Bréfritari: Ásgeir Tryggvi Friðgeirsson
Viðtakandi: Einar Friðgeirsson
Dagsetning: A-xxxx-06-04
Skrifað á: Nesi  S-Þing.
Ásgeir er bróðir Einars

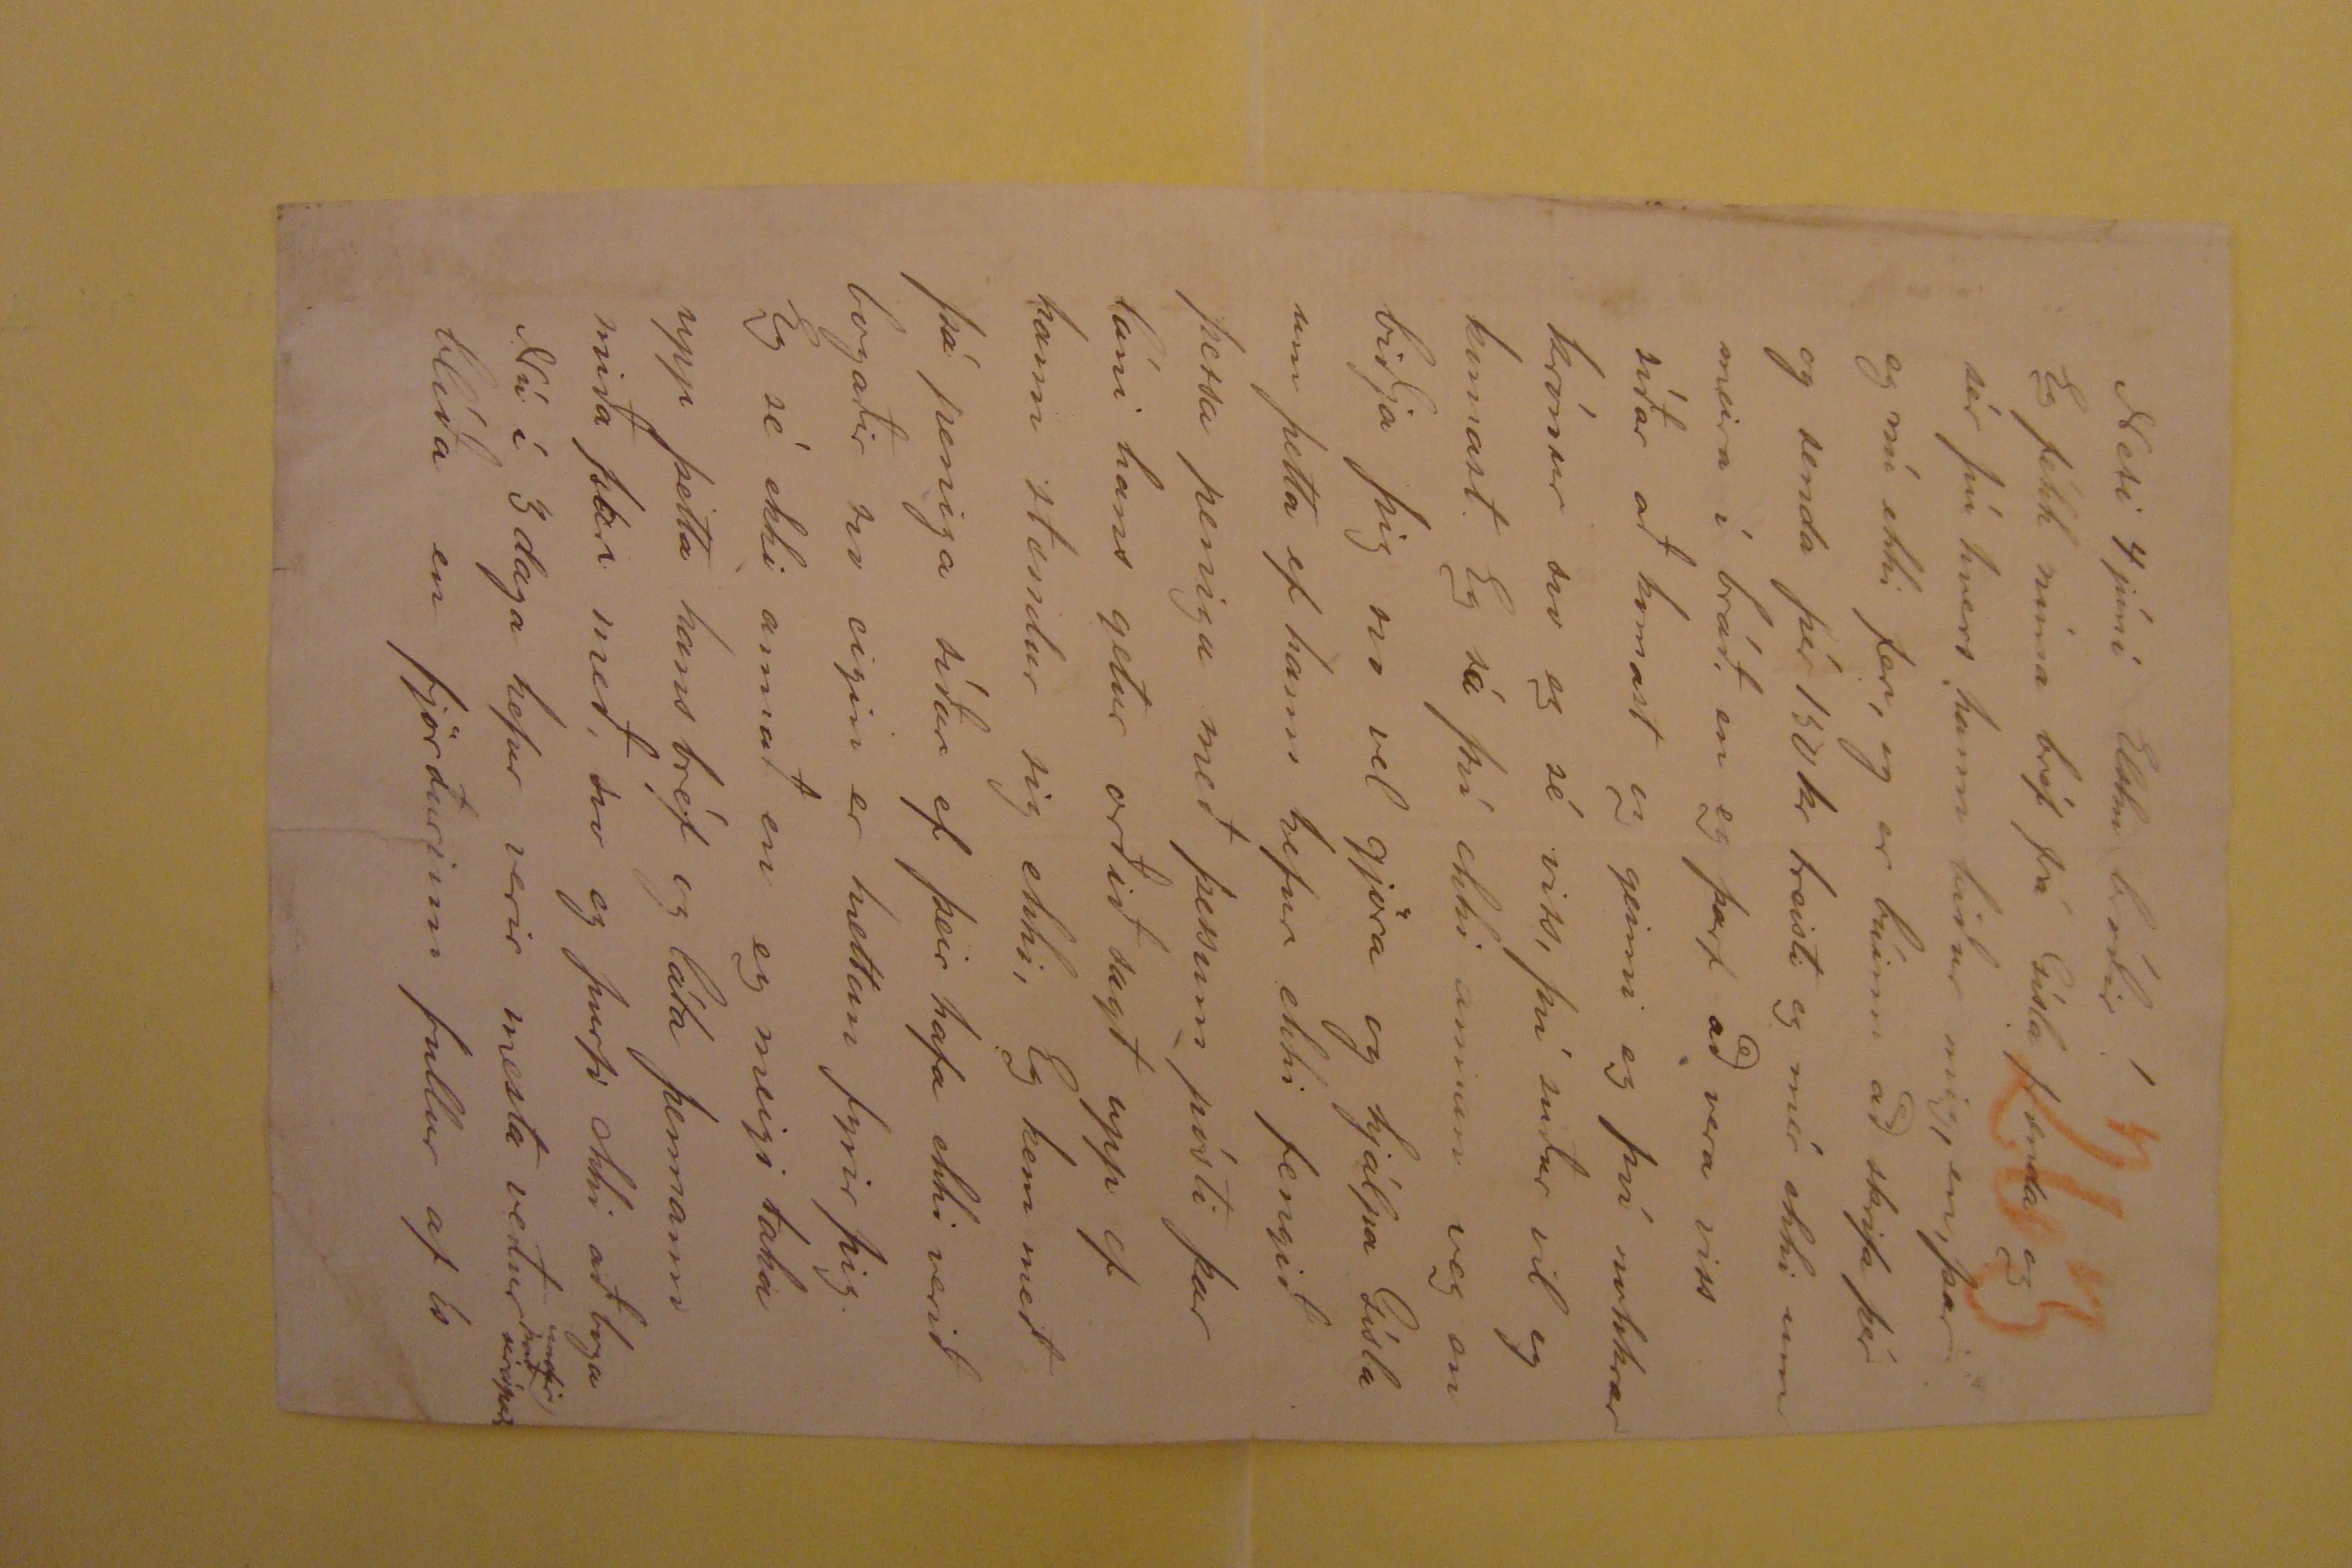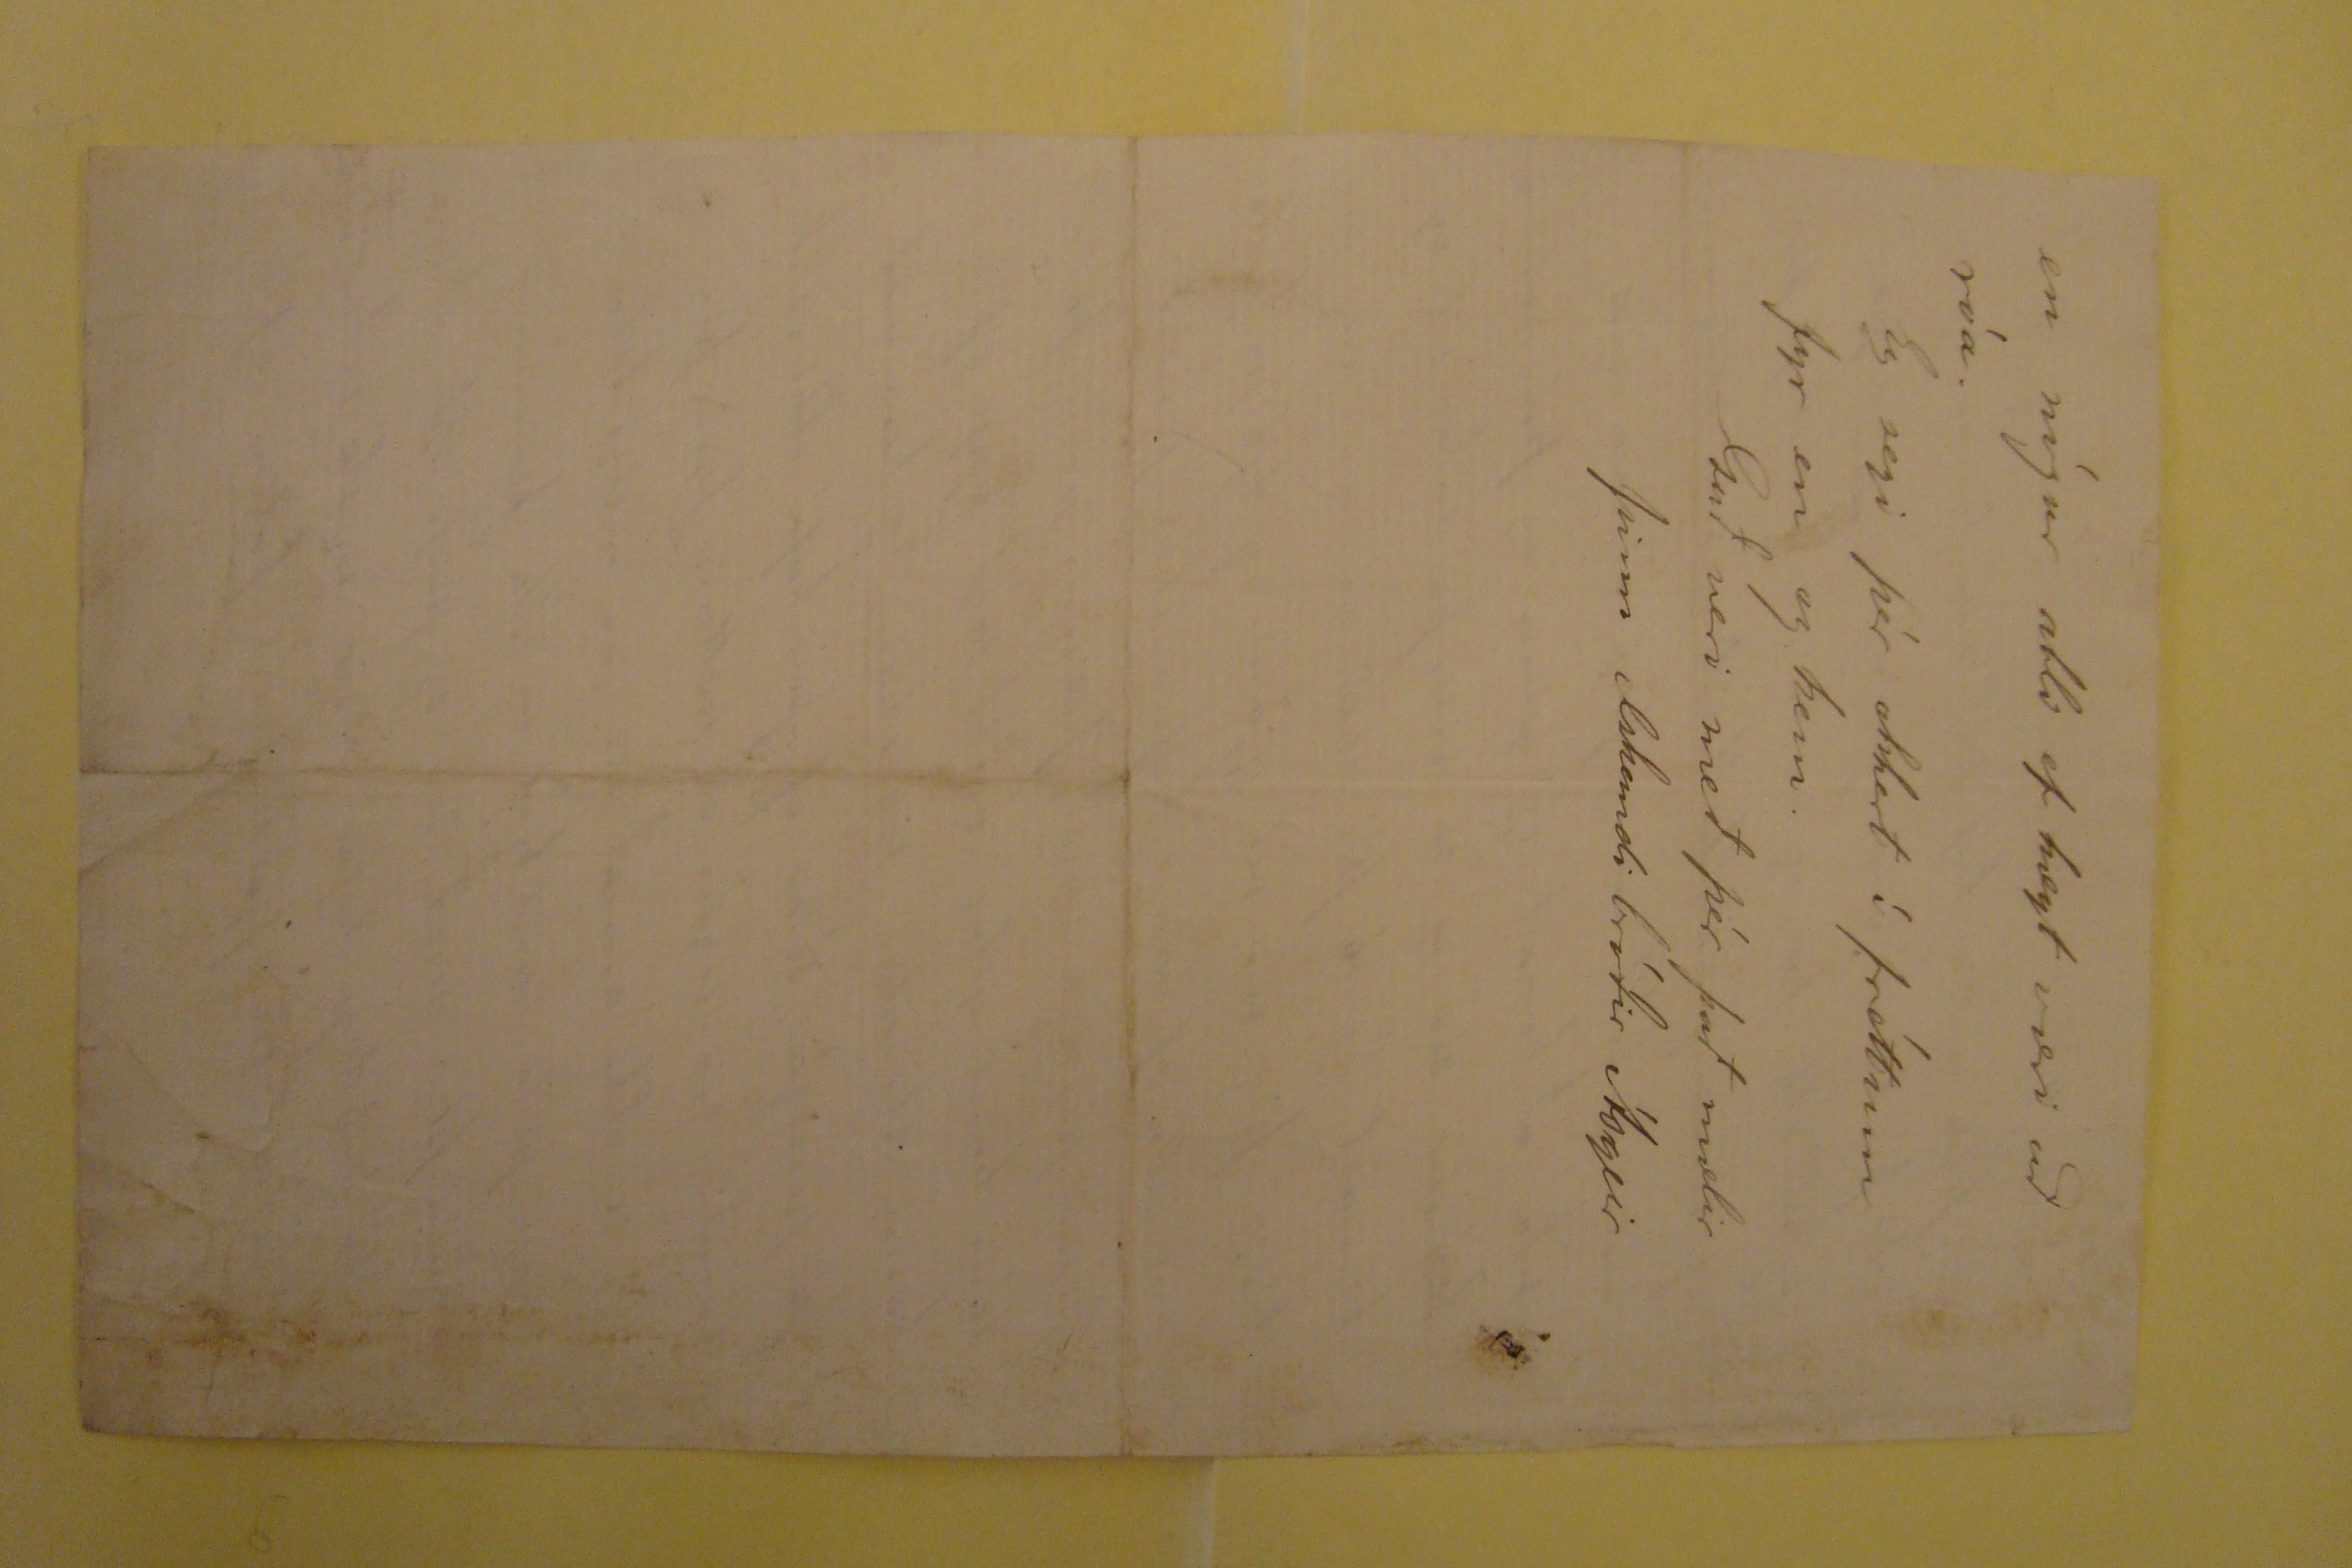

NEsi 4 júní Elsku bróðir !
Eg fékk núna bréf frá Gísla frænda og sér þú hvert hann biður mig, en, þar og nú ekki fer, eg er búinn að skrifa þér og senda þér 150 kr treisti eg mér ekki um
meira í bráð, en eg þarf að vera viss síðar að komast og geimi eg því nokkrar krónur svo eg sé viss, því suður vil eg komast. Eg sá því ekki annan veg en biðja þig
svo vel gjöra og hjálpa Gísla um þetta ef hann hefur ekki fengið þessa peniga með þessum pósti þar láni hans getur orðið sagt upp ef hann stendur sig ekki, Eg kem
með þá peniga síðar ef þeir hafa ekki verið bogaðir svo eigin er hættan fyrir þig. Eg sé ekki annað en eg meigi taka upp þetta hans bréf og láta þennann miða þar
með, svo eg þurfi ekki að boga Nú í 3 daga hefur verir mesta veður
undir það
sérápar}
blíða
en fjörðurinn fullur af ís
en nógur alls ef hægt væri að róa. Eg segi þér ekkert í fréttum fyr en eg kem.
Guð veri með þér það mælir þinn elskandi bróðir Ásgeir